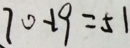
7 0 - 1 9 = 5 1